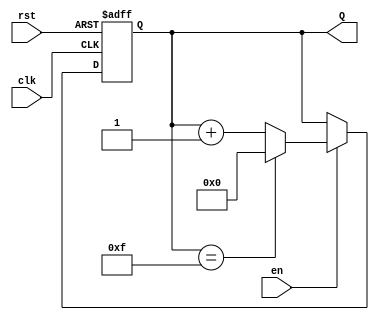
module binary_up_counter #(
    parameter N = 4 // Parameter for the number of bits (default to 4 bits)
) (
    input wire clk,      // Clock input
    input wire rst,      // Asynchronous reset (active high)
    input wire en,       // Enable input
    output reg [N-1:0] Q // n-bit output count
);

    // Asynchronous reset and counting logic
    always @(posedge clk or posedge rst) begin
        if (rst) begin
            Q <= 0; // Reset count to 0
        end else if (en) begin
            if (Q == (1 << N) - 1) // Check for maximum count
                Q <= 0; // Wrap around to 0
            else
                Q <= Q + 1; // Increment count
        end
        // If en is low, retain current count value
    end

endmodule